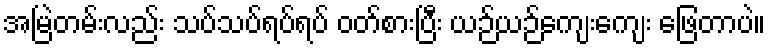
အမြဲတမ်းလည်း သပ်သပ်ရပ်ရပ် ဝတ်စားပြီး ယဉ်ယဉ်ကျေးကျေး ဖြေတာပဲ။